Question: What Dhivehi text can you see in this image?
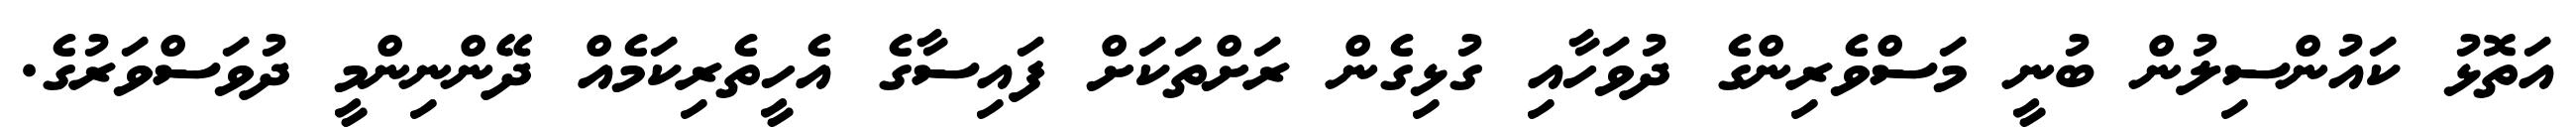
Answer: އަތޮޅު ކައުންސިލުން ބުނީ މަސްވެރިންގެ ދުވަހާއި ގުޅިގެން ރަށްތަކަށް ފައިސާގެ އެހީތެރިކަމެއް ދޭންނިންމީ ދުވަސްވަރުގެ.